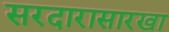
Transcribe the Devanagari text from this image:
सरदारासारखा